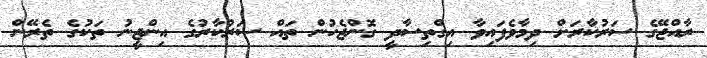
ރާއްޖޭގެ ސަރުކާރަށް ދިމާވެފައިވާ އިގްތިސާދީ ގޮންޖެހުން ތައް ސަރުކާރުގެ އިންޖީނު ތަކުގެ ތެރޭން